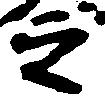
之